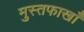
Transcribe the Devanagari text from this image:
मुस्तफाखाँ